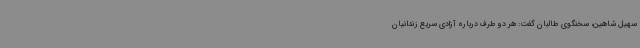
سهیل شاهین، سخنگوی طالبان گفت:‌ هر دو طرف درباره آزادی سریع زندانیان